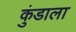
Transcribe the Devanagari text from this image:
कुंडाला